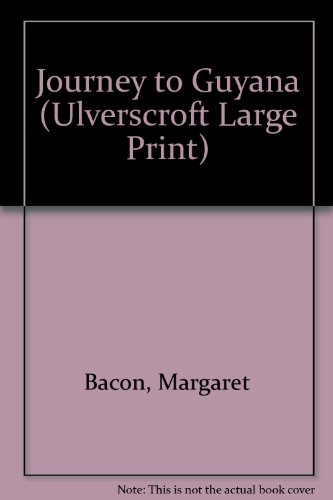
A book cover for Journey To Guyana (U) (Ulverscroft Large Print Series); Margaret Bacon; Travel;